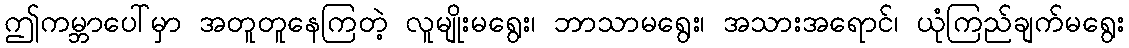
ဤကမ္ဘာပေါ်မှာ အတူတူနေကြတဲ့ လူမျိုးမရွေး၊ ဘာသာမရွေး၊ အသားအရောင်၊ ယုံကြည်ချက်မရွေး